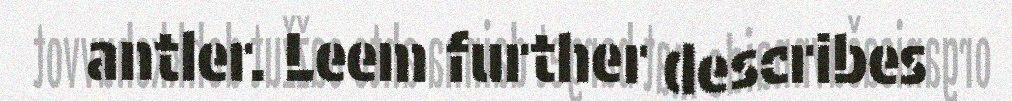
antler. Leem further describes